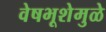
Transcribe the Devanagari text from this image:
वेषभूशेमुळे